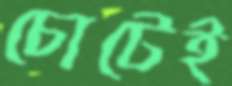
চোটেই